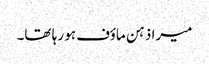
میرا ذہن ماؤف ہو رہا تھا۔